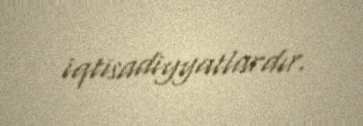
iqtisadiyyatlardır.